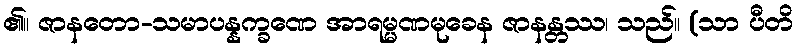
၏။ ဇာနတော-သမာပန္နက္ခဏေ အာရမ္မဏမုခေန ဇာနန္တဿ၊ သည်။ (သာ ပီတိ